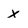
Character: x